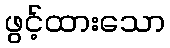
ဖွင့်ထားသော